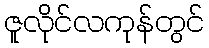
ဇူလိုင်လကုန်တွင်